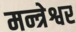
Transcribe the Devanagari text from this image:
मन्त्रेश्वर